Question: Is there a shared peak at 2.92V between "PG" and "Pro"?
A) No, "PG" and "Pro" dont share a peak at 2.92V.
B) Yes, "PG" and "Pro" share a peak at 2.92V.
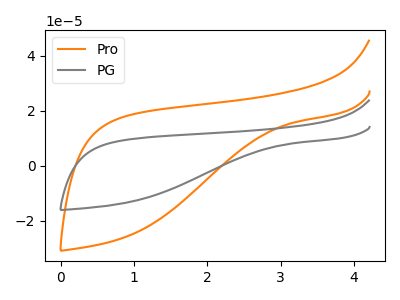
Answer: <think>The orange curve "Pro" has no peaks. The gray curve "PG" has no peaks.</think>
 <answer>A) No, "PG" and "Pro" dont share a peak at 2.92V.</answer>
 <eval>A</eval>